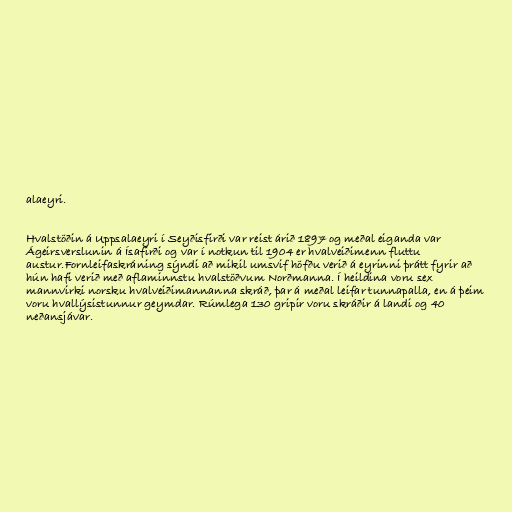
alaeyri.

Hvalstöðin á Uppsalaeyri í Seyðisfirði var reist árið 1897 og meðal eiganda var
Ágeirsverslunin á Ísafirði og var í notkun til 1904 er hvalveiðimenn fluttu
austur.Fornleifaskráning sýndi að mikil umsvif höfðu verið á eyrinni þrátt fyrir að
hún hafi verið með aflaminnstu hvalstöðvum Norðmanna. Í heildina voru sex
mannvirki norsku hvalveiðimannanna skráð, þar á meðal leifar tunnapalla, en á þeim
voru hvallýsistunnur geymdar. Rúmlega 130 gripir voru skráðir á landi og 40
neðansjávar.